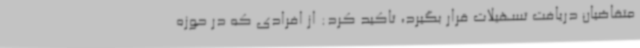
متقاضیان دریافت تسهیلات قرار بگیرد، تاکید کرد: از افرادی که در حوزه